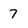
Character: 7